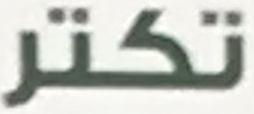
تكتر